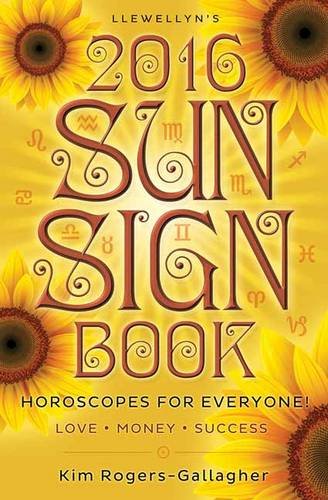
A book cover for Llewellyn's 2016 Sun Sign Book: Horoscopes for Everyone! (Llewellyn's Sun Sign Book); Llewellyn; Religion & Spirituality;